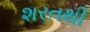
શરતથી